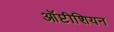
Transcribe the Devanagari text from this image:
ऑप्टीशियन